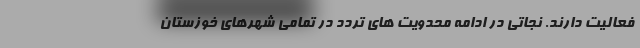
فعالیت دارند. نجاتی در ادامه محدویت های ترد‌د در تمامی شهرهای خوزستان